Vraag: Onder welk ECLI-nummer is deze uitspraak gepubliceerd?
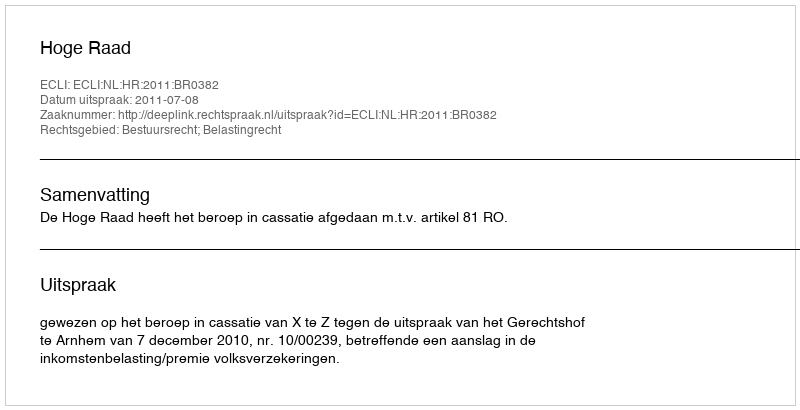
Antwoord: ECLI:NL:HR:2011:BR0382